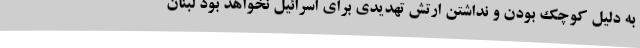
به دلیل کوچک بودن و نداشتن ارتش تهدیدی برای اسرائیل نخواهد بود لبنان